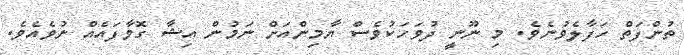
ތުންފަތް ހަފާލެވުނެވެ. މި ނޫނީ ދުވަހަކުވެސް ޔާމިންއަށް ނަމުން އިޝާ ގޮވާފައެއް ނުވެއެވެ.